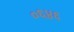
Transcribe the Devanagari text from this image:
०६४६